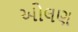
ઓલણ